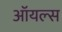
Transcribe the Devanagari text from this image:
ऑयल्स